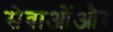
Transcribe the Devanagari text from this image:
सेवाओंऔर